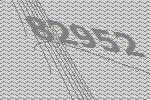
82952